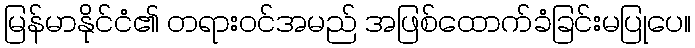
မြန်မာနိုင်ငံ၏ တရားဝင်အမည် အဖြစ်ထောက်ခံခြင်းမပြုပေ။